Scottish Leaving Certificate Examination, 1961
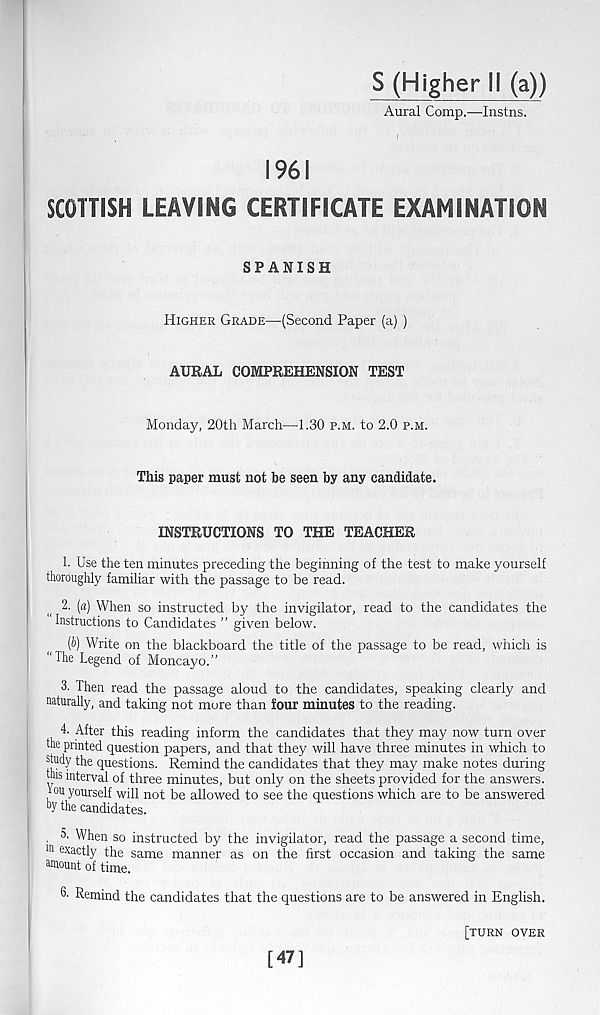
S (Higher li (a))
Aural Comp.—Instns.
1961
SCOTTISH LEAVING CERTIFICATE EXAMINATION
SPANISH
Higher Grade—(Second Paper (a) )
AURAL COMPREHENSION TEST
Monday, 20th March—1.30 p.m. to 2.0 p.m.
This paper must not be seen by any candidate.
INSTRUCTIONS TO THE TEACHER
1. Use the ten minutes preceding the beginning of the test to make yourself
thoroughly familiar with the passage to be read.
2. (a) When so instructed by the invigilator, read to the candidates the
Instructions to Candidates ” given below.
(b) Write on the blackboard the title of the passage to be read, which is
The Legend of Moncayo.”
3. Then read the passage aloud to the candidates, speaking clearly and
naturally, and taking not more than four minutes to the reading.
4. After this reading inform the candidates that they may now turn over
the printed question papers, and that they will have three minutes in which to
study the questions. Remind the candidates that they may make notes during
this interval of three minutes, but only on the sheets provided for the answers,
iou yourself will not be allowed to see the questions which are to be answered
“7 the candidates.
. S. When so instructed by the invigilator, read the passage a second time,
111 exac tly the same manner as on the first occasion and taking the same
uuiount of time.
Remind the candidates that the questions are to be answered in English.
[turn over
[47]